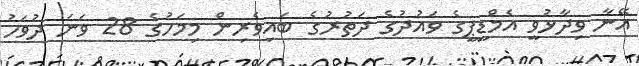
އޭނާ ވިދާޅުވީ އެމްޑީޕީގެ ވައުދުގެ ދަތުރުގެ ބައިވެރިން މިމަހުގެ 28 ވަނަ ދުވަހު